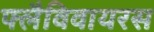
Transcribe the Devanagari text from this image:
फ्लैविवायरस